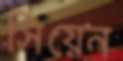
সিয়েন